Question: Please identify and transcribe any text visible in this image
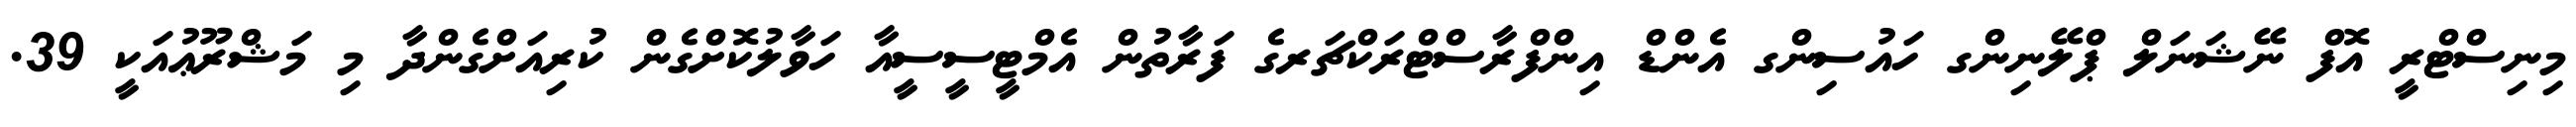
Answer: މިނިސްޓްރީ އޮފް ނޭޝަނަލް ޕްލޭނިންގ ހައުސިންގ އެންޑް އިންފްރާސްޓްރަކްޗަރގެ ފަރާތުން އެމްޓީސީސީއާ ހަވާލުކޮށްގެން ކުރިއަށްގެންދާ މި މަޝްރޫޢުއަކީ 39.